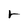
Character: r